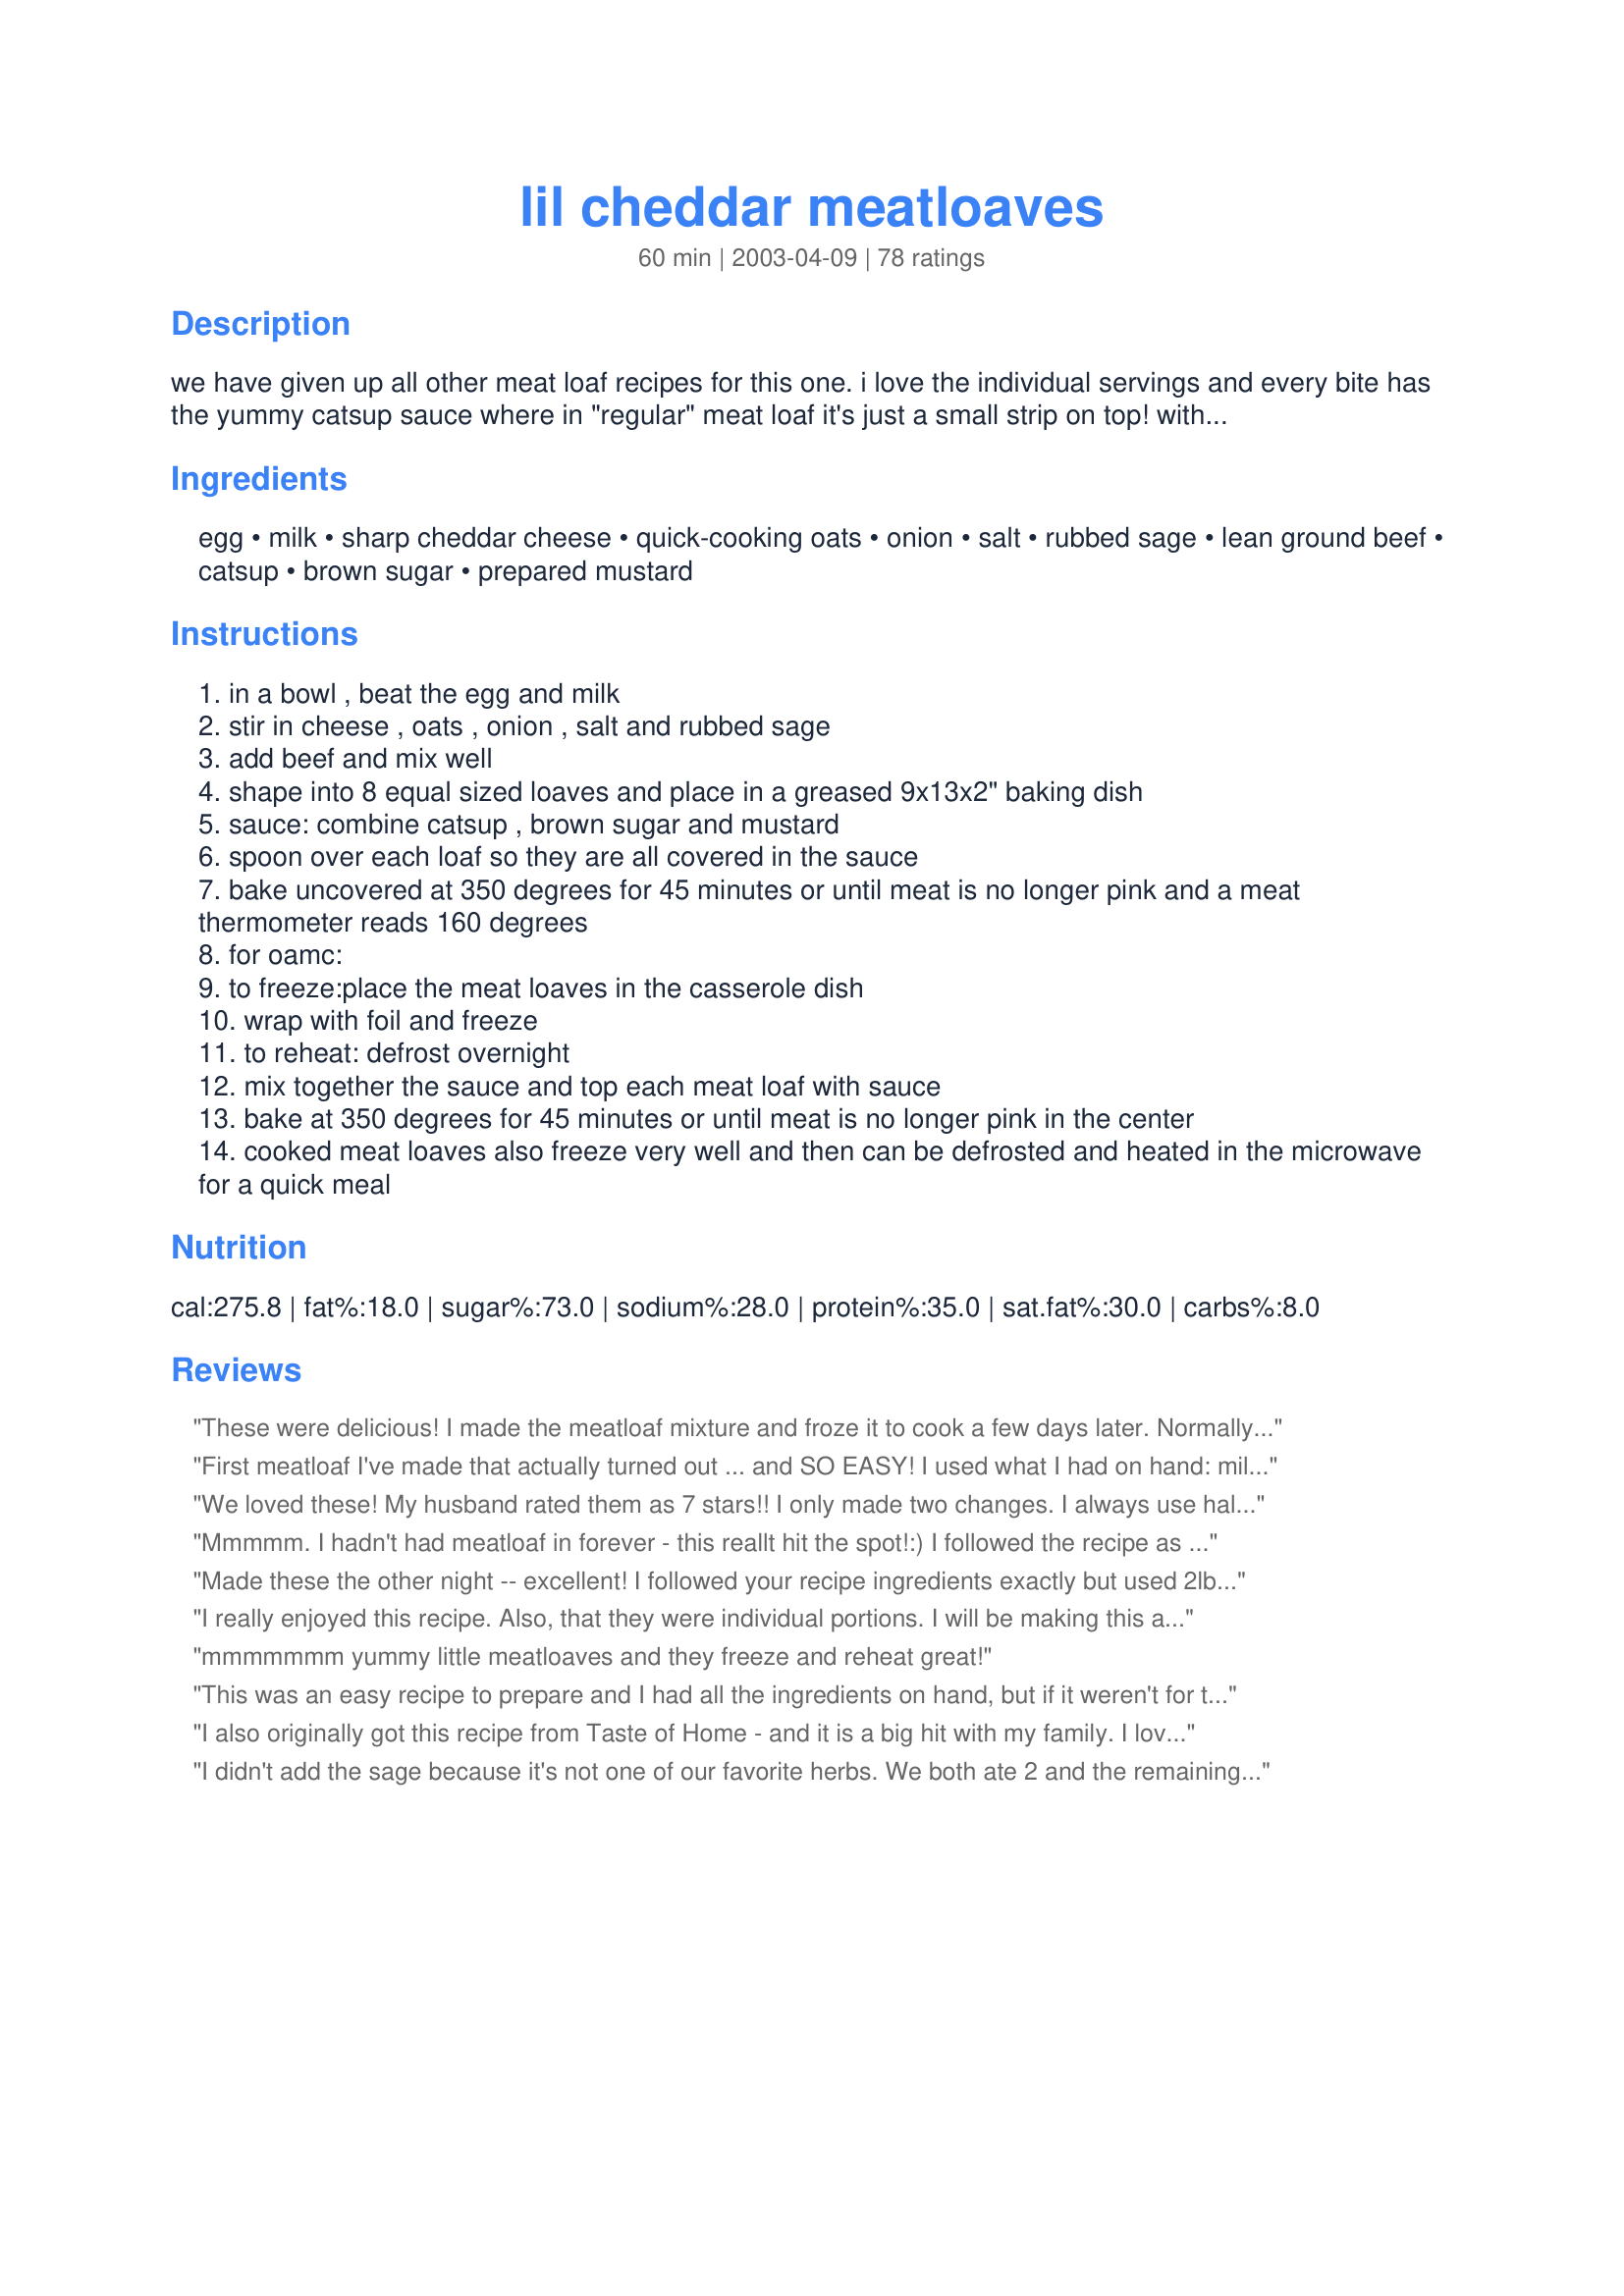
lil cheddar meatloaves
Preparation time: 60 minutes

we have given up all other meat loaf recipes for this one. i love the individual servings and every bite has the yummy catsup sauce where in "regular" meat loaf it's just a small strip on top! with the smaller loaves it also makes the cooking time a bit quicker. this recipe came from '99 toh magazine but i added the rubbed sage for some extra flavor. enjoy!

Ingredients:
egg, milk, sharp cheddar cheese, quick-cooking oats, onion, salt, rubbed sage, lean ground beef, catsup, brown sugar, prepared mustard

Steps:
in a bowl , beat the egg and milk
stir in cheese , oats , onion , salt and rubbed sage
add beef and mix well
shape into 8 equal sized loaves and place in a greased 9x13x2" baking dish
sauce: combine catsup , brown sugar and mustard
spoon over each loaf so they are all covered in the sauce
bake uncovered at 350 degrees for 45 minutes or until meat is no longer pink and a meat thermometer reads 160 degrees
for oamc:
to freeze:place the meat loaves in the casserole dish
wrap with foil and freeze
to reheat: defrost overnight
mix together the sauce and top each meat loaf with sauce
bake at 350 degrees for 45 minutes or until meat is no longer pink in the center
cooked meat loaves also freeze very well and then can be defrosted and heated in the microwave for a quick meal

Reviews:
These were delicious! I made the meatloaf mixture and froze it to cook a few days later. Normally I don't prepare food in advance and freeze it, but it was a good idea because the milk and cheese were about to go bad and this allowed me to use them up without having to eat the meatloaf that night. The sauce was VERY sweet. Most people would probably prefer a less sweet sauce but I loved it. If I ever make this for other people I think I'll use 1/4 cup, but if I'm just cooking for me I'll use 1/2 cup again. Thanks for sharing this recipe!
First meatloaf I've made that actually turned out ... and SO EASY! I used what I had on hand: mild cheddar cheese and old-fashioned oats and it still turned out GREAT. Used 1/3 brown sugar but still a little sweeter than I'd like. Also I sauteed the onions so they wouldn't be crunchy. HUSBAND LOVED - A definite, quick and easy repeat!

I cook for 2 - so freeze these after baking them. Once frozen I wrap them individually and put all in a zip lock bag. Unwrap, pop in microwave and 4 minutes later dinner is ready! (A bit tough on some edges, but better than waiting 20+ minutes for them to bake). These are a must on my menu.
We loved these! My husband rated them as 7 stars!! I only made two changes. I always use half beef and half pork for meatloaf or meatballs and I found out too late that I didn't have any brown sugar so I had to sub regular sugar and molasses. My husband thought the sauce was a little too sweet so next time I'd use less sugar.
Mmmmm. I hadn't had meatloaf in forever - this reallt hit the spot!:) I followed the recipe as written. Growing up, my mom made a more tangy ketchup sauce, so I will probably decrease the amount of sugar next time. And there will definitely be a next time - my husband requested that I put this on the "recipes to make more often" list.:) Thanks!!
Made these the other night -- excellent! I followed your recipe ingredients exactly but used 2lbs of ground beef and didn't measure the rest! I had fresh sage on hand so that is what I used -- loved the flavor. Definitely a keeper for us! Thanks!
I really enjoyed this recipe. Also, that they were individual portions. I will be making this again. Thanks for sharing!!
mmmmmmm yummy little meatloaves and they freeze and reheat great!
This was an easy recipe to prepare and I had all the ingredients on hand, but if it weren't for the sweet topping it would taste like cooked hamburger and onions. You don't taste the flavor of the cheese and barely the sage. Doubt I will make it again, but for those who like a sweet tasting meat, you'll like it! :)
DDW, I made these again, this time leaving out the chopped onion and salt and adding a half package of dry onion soup mix and the combination was really good! Will definitely be making these again! Thank you! :)
I also originally got this recipe from Taste of Home - and it is a big hit with my family. I love the little meatloaves as they take much less time to cook, therefore getting dinner on the table faster! I have never tried it with the sage - will do that next time. Sometimes I put bar-b-que sauce on top instead of the catsup/mustard/brown sugar sauce - just for a change of pace. Thanks for posting!
I didn't add the sage because it's not one of our favorite herbs. We both ate 2 and the remaining 4 were going to go in the freezer for another meal but my husband said "Don't hide those! I want to have a meatloaf sandwich tomorrow". I have all the ingredients to make another batch for the freezer so I'm going to make them right now and freeze them.
Thank you so much for a great recipe.
These were pretty good- Threw them together during my last oamc session. When I put them together, all I had was old fashioned oats. Still ended up okay I think. Had to pour off some of the "grease" while they were cooking as well. The sauce was a bit too sweet, so next time I will cut down the sugar to 1/4 of a cup. Thanks for sharing!
Wow, these were awesome!! I used 85/15 ground turkey & 1/2 ts of onion powder instead of chopped onions & omitted the sage. My DH, DD, Mom & myself loved it. I was kind of worried about how runny they seemed but they turned out excellent. The sauce is wonderful, I never thought to use brown sugar with the ketchup. I had also made these up a few hours ahead of time & stored in the fridge until I was ready to preheat the oven. Thanks for a keeper!!
I've also been using this TOH recipe since 1999. I omit the cheese for DH & DD but we don't really miss it. I think the best part of these meatloaves is the texture that the oats give it. They add a little firm yet chewy texture that's very pleasing. The mini size means the cook time is shorter, the grease is not left floating on top of the loaf & best of all, more sauce. I don't like the taste of ketchup but it's place in this recipe is not overpowering & compliments the brown sugar & mustard nicely. I usually double the sauce so I can coat each loaf entirely instead of just the tops. Thanks for posting, DDW!
These are GREAT! The only problem is that they are so good, there weren't any left over. My 1 year old daughter, who doesn't eat ANYTHING gobbled them up! This is something I will make on a regular basis. I fully cooked them and then froze them. I thawed overnight and put in the oven at 350 for 15 minutes and they were great!!!
This was a good recipe. I too like the individual serving idea, although they don't look too pretty :) I did like the cheesy taste and the amount of sauce. I didn't think the sauce was too sweet, and I didn't think the meat was too bland (don't leave out the sage, or at least use other spices such as italian seasoning perhaps).
A bachelor's dream come true. These things are easy to make and make awesome left-overs!
The meatloaf tasted very good. The sauce on top was to sweet for our tatste. I will make this again but I will change the amount of brown sugar to about 1-2 tbs. Thank you for sharing the recipe.
Very easy recipe and the taste is great! Thanks!
Very good!!! I made 1/2 the recipe this time but DH loved it so will make the whole recipe next time and freeze some.Used onion flakes instead of onions, used 1 egg and less milk and ground savory. Put in 3 small Pyrex bowls with lids, made it in the morning and refrigerated till supper, put in 350° oven and baked for 20 minutes. The sauce is great and they were nice and moist and tender and delicious. Thanks for posting a great recipe.
What a great recipe...perfectly sweet...moist, even the next day. I used this as part of a OAMC session and froze the completed meatloaves, sauce and all...but no one could tell they were ever frozen ;) This is now on my husbands 'make-me-again' list
These were great! This will definitely be the only meatloaf I will make from now on. I did leave out the onion and sage just for personal taste. Loved the sweet sauce on top. Thanks for the great recipe!
I have made these for my kids and husband for years. They won't eat it any other way. I add more seasoning and make extra sauce. My mother makes a killer meatloaf, but switched to making these after trying them once. I can also grate up some carrots or chop zucchini really small and sneak it in too. My kids never notice what is inside as long as there is cheese and sauce involved. Great recipe!!
We really liked these little meat loaves. Made them the day before. Put sauce on just before putting in oven. Great recipe, will be making this again. Thank you DDW.
Made ahead for dinner and it was really good I shaped the raw meat into a greased muffin tin and froze once the were hard I transfered then to a bag put them back into the muffin tin frozen to bake. super easy super yummy
Great, easy recipe. These turned out so well. Followed the recipe exactly but didn't add optional sage (don't care for it.) Perfect portion size. Will definitely make again. Thanks for sharing!
These were really awesome meatloaves!!! I made a whole bunch of these OAMC style. The only thing I did different is I used half ground beef and half pork sausage. (It's how I always make my meatloaves- I like the flavor the sausage gives.) We just had our first batch and I loved them. I defrosted them completely, then placed them on a rack in the pan so they wouldn't be sitting in the grease. I mixed up the catsup with white sugar (all I had) and no mustard (personal preference) and slathered the tops of them with it. Baked for 45 mins and they were done.

My kids said this was the best meatloaf they've had- so this will be my stand-by recipe from now on.
I have been making this recipe since I first got the TOH issue in the mail in 1999!!! This is our absolutely favorite meal. I always add 1 to 2 tbsp of Heinz 57 sauce to the egg/milk mixture. Cook these tonight and you will be a hit tonight!
Thanks for posting this, I've lost the recipe once already and I'm always afraid I'll misplace it again. I've used this recipe for a few years now and it's the only way I make meatloaf. I cook mine in a mini loaf pan. It gives me 8 perfect loaves every time, and I don't have to handle the mixture.
These were really good! I just used ketchup on top, as hubby doesn't like sweet sauces on his meat. They were very moist, I'll definitely be making these again!
I am not one prone to eating meatloaf, but my husband loves it so I thought why not try and find something we could both enjoy. Well, I found it! I made a few changes: turkey instead of beef, no brown sugar, sage, or mustard, an extra cup of cheese, and I had to add an additional cup and a half of oats. When I made it I doubled the recipe, and it was too runny (and didn't thicken up) hence the extra oats. I ended up with 14 lil' loaves for my freezer. I cooked them before freezing and they defrosted beautifully. I am definitely making these again. Thanks for the keeper!
We all loved these too! I doubled the recipe hoping to freeze some, but I doubt if they will make it past tomorrow. I added about 1/2 cup of finely chopped bell pepper and cooked those briefly with the onion in the microwave. I used Tilamook Extra Sharp cheese and while you couldn't taste the cheese, it certainly contributed to the incredible moistness. In doubling the recipe and using a 1/3 cup measuring cup for uniform loaves, this recipe made exactly 13 mini loaves for me. Thanks for posting!
I cant believe I haven't rated these little loaves!! I've made them quite a few times and my hubby just loves them. Simple to make and tastes great!
These were awesome! I have this recipe in my cookbook for awhile now and have finally got around to trying it~I am sorry that it took me so long! I made the loaves during my Once a Month Cooking Blitz and froze them uncooked. I defrosted them in the fridge overnight and then topped them with the sauce (oh and I doubled the sauce because I like things really saucy). The only thing I changed was I found out too late that I was out of oatmeal, so after seaching through my cupboards decided to use some cheddar cracker crumbs instead. Thanks for posting this, we all enjoyed it!
Oh...My...Gosh! I talked to DDW beforehand and let her know I had a 1/2 lb of ground pork that needed to be used and was going to add it to this recipe. And guess what?? This was SOOOO freakin' unbelievable with the 1/2 lb of ground pork in it. I am in LOVE with this meatloaf recipe. This is THE best of the best! I am so glad my "addition" was a success. I will definitely be checking out your other recipes now!! And if you want, try it with the pork, I bet you wont be disappointed!!
Finally! I found a recipe for meatloaf that my husban likes. I have spent years trying to find a recipe that my picky husband will eat. He is definately NOT a traditional meatloaf kind of guy. So imagine my delight when I finally found it. It was a big hit with the whole family.

I have no idea why the last rater rated it so low and said it was bland. I liked the fact it had cheese. I did not have sage or onions on hand so I used onion powder and omitted the sage. It was great anyway and tasted just like meatlof should. There was so much sauce I reserved some for dipping and my husband loved that too. Thanks for posting a meatloaf recipe that FINALLLY pleases my husband!
This was delicious and made a great late night dinner for us last night. I didn&#039;t take a picture because we made just regular sized meatloaves. For us there was too much sugar in the topping. I cut the sugar in half. Made for Name that Ingredient.
Overall these were very good, a definite keeper. I found the sauce a bit too sweet for my taste and I think the next time I make them I will use only half the brown sugar.
These meatloves are great. I doubled the recipe except for the br.sugar and used horseradish-dijon mustard; they were perfect. Thanks for the recipe.
These were quite tasty, although I think next time I will cut down the amount of sugar used in the sauce, it was just that little bit too sweet for me, although the kids and hubby loved it, I also added a pinch of garlic powder and marjoram, and a splash of worcestershire sauce to the meat. But overall a very nice meal. Thanks for sharing.
We really liked this recipe! The meat loaves were very tasty and tender. I added a tsp. of white pepper and omitted the sauce. I liked the single servings and plan on making a bunch for the freezer. Thanks for the great recipe.
Really awesome recipe! My husband loved it too. I thought the sauce was a little too sweet for me, so I might decrease the amt of brown sugar...but it was incredible nonetheless. I'm excited about having the leftovers for lunch tomorrow. :)
For years, this was the only way to get my family to really enjoy meatloaf. Been makin it since 99 too. They are sooo easy and sooo delicious.
We loved these. Followed the recipe for OAMC. Will use this recipe again!
These were wonderful! I followed the recipe to a 'T', using sharp cheddar cheese. The sauce on each little loaf made them so tasty. I will definitely be making these again. Thanks for sharing!
Great recipe. I knew on Sunday that I was going to have a very busy week, so I went ahead and made these up, placed them in the casserole dish, wrapped with foil and froze them. I took them out of the freezer on Wed. and put them in the fridge to thaw. Thursday afternoon I took them out of the fridge for about an hour, mixed up the sauce, spooned it over the loaves and baked. They were wonderful. Be sure to recommend this anytime you see someone wanting a recipe that freezes. I did us rubbed savory flakes instead of sage, we just don't care for sage too much. That was the only change I made.
We really enjoyed this meatloaf. I liked the sage as it is so good for us and it&#039;s a spice that isn&#039;t often used in recipes.The texture of the meatloaf was perfect and the taste was great. The only thing I may add next time is a little chopped green bell pepper. Thanks so much for posting this gem. It will be one of my go to recipes.
I followed this recipe to the letter and it was fantastic! I loved the addition of the sage, it made for a very different flavor. The only thing I would change is to add more cheese- my DH and I both loooooove cheese, so there is never such a thing as too much. Thanks for a terrific recipe!
Such a good recipe. The meatloaves turned out so moist and delicious, I think I may turn to this more then a regular meatloaf. Thank you for sharing with us.
I utilized the ideas from previous reviewer and saved the sauce for after the draining of the grease. These turned out excellent and the whole family of 5 gave them 5 stars which is RARE! 2,4,10 ages of kiddos gobbled them up! Thanks!
I don't use the rubbed sage.
Awesome. Thanks for a great recipe. Made up a bunch of these and froze them for quick lunches for work. Will definitely make these again. Thanks!!
Blah. Tasted like ground beef with ketchup on top, and I even added extra seasonings to try and spice it up. I have no idea what everyone's raving about.
These are the best little meatloaves!! I love the fact that they are small as we are trying to do a little more "portion control" in our house. The flavor is great, very easy to make. I made them up and froze 4 for another time and when I defrosted those and cooked them, they were just as good as the first time. Putting this on regular rotation!! Thanks DDW!!
Made these with half ground beef and the other half ground turkey, cooked half and froze the other. They were delicious at both meals.
This a hit with me, my husband and three year old! This was very simple to make and oooooohhh so good. I did use rubbed sage but otherwise stuck to the recipe. I think I will use a little less of the catsup sauce next time as it was a little over powering...it is a great topping though. I'll be making again really soon.
These were the cutest little meatloaves ever! They were very flavourful. I was a little concerned with the amount of milk in the recipe, but the loaves really held their shape well and were still moist and soo good! I might add more cheese next time, or use a stronger cheddar because it really wasn't noticeable. I also put an indentation in each loaf with a spoon before baking so they held the sauce better. One thing I'll also do differently next time is to drain all of the extra grease from the loaves when they're almost done, then pour the sauce over the loaves during the last few minutes. When I made these tonight, I kind of lost most of the delicious sauce in the grease. Still very tasty though and definitely something to be made again! Thanks!
Very good recipe! I used lean ground pork. I flash-froze them 2 days earlier and took out 3 for dinner last night. We found the sauce very sweet, though I already reduced the sugar to 1/3 cup and tripled the mustard. Anyway, still very good all around...
These were very good! Even my son who doesn't like meatloaf had 2 servings. I used mild cheddar and ground sage because that is what I had on hand. Easy to put together and DDW is right about it thickening up as you mix it. Thanks for the recipe. I'm sure this is what I will be using from now on.
My kids enjoyed this but I was a little disappointed. The sauce seemed to almost overpower the taste of the meatloaf. And what meat I did taste, seemed a little bland (which, is probably my fault...I didn't have any sage so I omitted that.) Absolutely LOVE the individual servings though! Will make again but may play around with some different spices and, perhaps, a tad more cheese and less sauce. Thanks for the recipe! =o)
These are my kids' favorite! They often request this for their birthday meals. I have been making these for many, many years after I found the recipe in Taste of Home. I do not add the sage, but that sounds good, too. Thanks for posting this winner of a recipe here on zaar. Everyone should make these! They are good to make double batches and freeze for a later time as well.
I loved the flavor of the meat but the sauce was way too sweet for our tastes. I will be making this again but next time I'll lower the sugar to 1/8th cup. I loved the fact that these are mini loaves and they will make great leftovers.
My kids loved these! And I thought they were pretty good too. I cooked half of them for dinner tonight and froze the remaining 4 for a future dinner. Went ahead and used the full amount of sauce on just the 4 patties, and that worked out great! Served with buttered corn, although next time I plan to have potatoes on hand. I like my meatloaf with mashed potatoes the best! thanks for a great, very kid-friendly recipe!
MMMmmmm! Very tasty! I made mine just a bit bigger and had 6 yummy loaves. I took the suggestion to cut the brown sugar back to 1/4 cup and found that to be perfect for our tastes. My only disappointment was that there were no leftovers for my lunch tomorrow. :( We will enjoy these again! Thanks DDW!
This recipe is great. My son liked it a lot. It was his lunch and he ate one little meatloaf per lunch. No waste like sometimes he does. Thanks DDW :) Made for Name that ingredient tag game
this was really good, i used italian seasoning instead of sage because i don't like it, but i wouldn't use any seasoning next time, the italian was in contrast to the sweet sauce. I put everything together and and covered them in sauce and then froze them, they cooked up fine.
These were pretty good. I made the mistake of trying to make them in a muffin pan and they cooked a little too fast. I used ground turkey and the regular mini loaves that I made turned out great. I thought the ketchup was a little strong so I'll probably use just a bit less next time, but this recipe is definitely a keeper.
Our family enjoyed these a lot! I was out of oats- so I used bread crumbs instead and then reduced the milk a bit. I also just used straight up ketchup on the top rather than adding the brown sugar and mustard. Served with baked potatoes and green beans and we had a comfort food sort of meal!
I'm not a big fan of meatloaves but these were pretty good. I didn't use the sauce, though: used BBQ sauce on some of them and ketchup/Worcestershire sauce on others.
Very very good. Only complaint is the brown sugar in the sauce made it a bit too sweet, other than that these meatloaves are amazingly delicious. I made them into 4 loaves and they came out perfect. I also used some heavy cream in with the milk (I only had skim) which gave these a filling richness. Will make again, with a minor sauce adjustment! Thanks for the recipe!
Delish!!!!! I made these the other night for dinner (along with mashed potatoes and green beans)... YUM! This is the best meat loaf ever!! I did change a few things: left out the sage as I didn't have any. I also made 6 meat loaves rather than 8. And I cut down the brown sugar to 1/3 cup instead of 1/2 cup... was PERFECT sweetness for me. I think 1/2 cup would have been a little too much. I was worried at first while mixing. Have never seen a meat loaf look like that!! It was a lot more runny than I was used to.. when I assembled them and stuck in oven, I'll admit I was concerned. Thought they'd all fall apart!! They sure didn't!!! VERY moist, but stayed together. Will certaianly make again and again. Thanks!
My husband said, "This is the best meatloaf I've ever tasted." (And believe me, DH is picky!) Both my kids (even the one who is picky like DH) gobbled theirs up. The only changes: I used 1/3 cup brown sugar (plenty sweet still) and a little less sage; also used seasoning salt instead of regular. Outstanding, DDW! Will make this again.
I also have the cookbook that these came in. So that is where I originally made this recipe from. This recipe is now a staple in our home! My bf and I absolutely love these meatloaves. I dont add the sage. I normally dont have oats so I just use a brown sugar oatmeal packet. I think it adds a little extra sweetness. I also normally add a couple dashes of seasoned italian breadcrumb for an added flavor. I have made these MANY of times for probably a couple years now. Every time these come out so moist and delicious!. They are nice and sweet from the sauce. I normally form them into 5 loaves and they make the perfect individual size. I always serve them with Recipe #97509. Which is also a taste of home recipe.
This is the first time in 18 yrs. my DH has liked my meatloaf attempts. It will be my only one from now on!! Thanks for a great recipe!!
Delicious and easy! I added 1 Tbs chopped garlic and some Worcestershire sauce. The sauce for the top was a tad too sweet for my taste, but it was great to have it spread all over the mini-loaves. Next time I'll just decrease the brown sugar a tad, otherwise this is a great, easy recipe!
I've been making these for years and love them!!!
These are amazing. My family loves it every time I make it. I double the ground beef and use exact recipe for rest of the ingredients. The one time I followed the recipe exactly I had flat loaves. But doubling the meat made them perfect. Maybe my altitude I dont know.
I am new to the OAMC cooking and tried these for my first. They were a perfect hit! And my five year old who eats NOTHING at a WHOLE one! This will be a regular in our home!!
This was excellent! I used 2% sharp cheddar cheese, skim milk, and splenda brown sugar mix. The onions were still slightly crunchy, so next time I will saute them before adding into the mix. Great recipe for an easy weeknight dinner.
